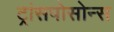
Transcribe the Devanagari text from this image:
ट्रांसपोसोन्स